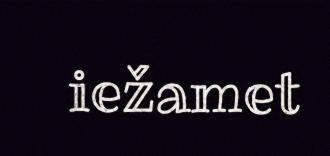
iežamet